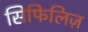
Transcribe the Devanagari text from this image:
सिफिलिज़